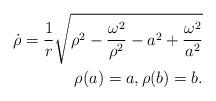
LaTeX: \begin{align*}\dot{\rho } = \frac{1}{r} \sqrt{ \rho ^2 - \frac{\omega ^2}{\rho ^2} - a^2 + \frac{\omega ^2}{a^2} } \\\rho (a) = a, \rho (b) = b.\end{align*}